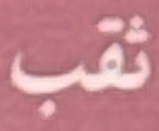
ثقب